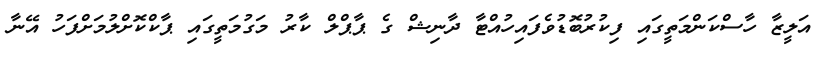
އަލީޒާ ހާސްކަންމަތީގައި ފިކުރުބޮޑުވެފައިހުއްޓާ ދާނިޝް ގެ ޕާޕްލް ކާރު މަގުމަތީގައި ޕާކްކޮށްލުމަށްފަހު އޭނާ